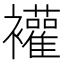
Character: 䙮